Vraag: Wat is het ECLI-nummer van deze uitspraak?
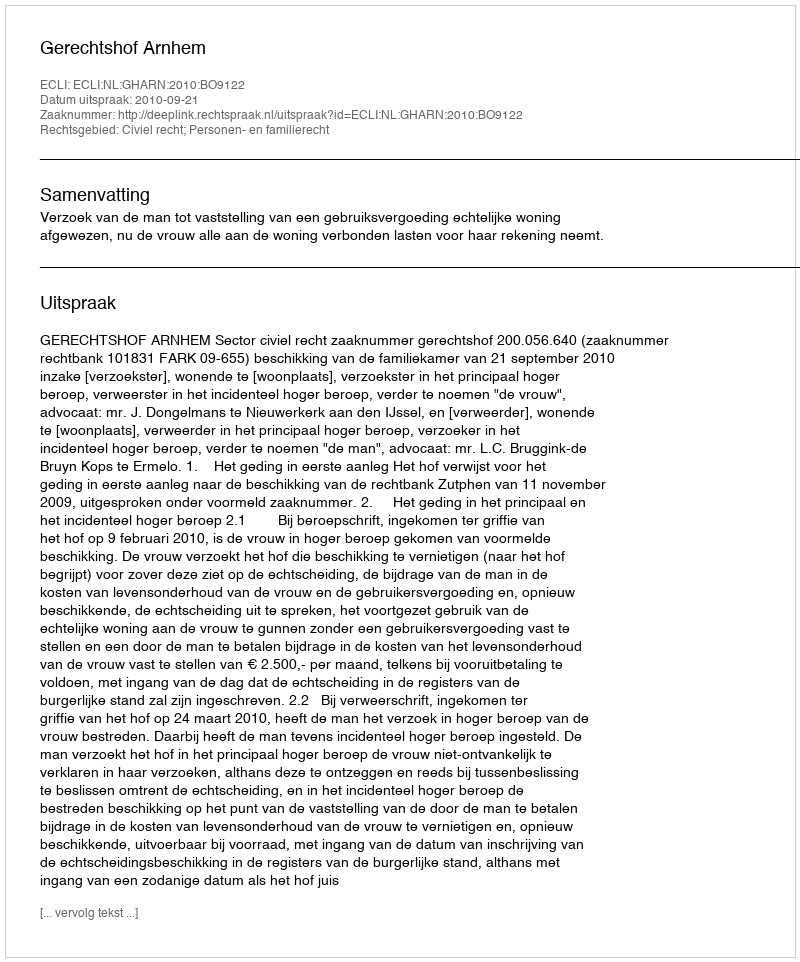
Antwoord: ECLI:NL:GHARN:2010:BO9122